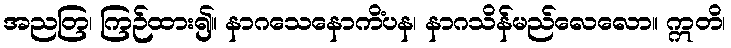
အညတြ၊ ကြဉ်ထား၍။ နာဂသေနောကိံပန၊ နာဂသိန်မည်လေလော။ ဣတိ၊